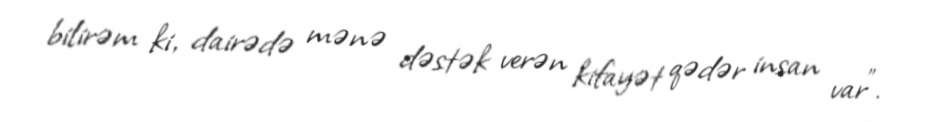
bilirəm ki, dairədə mənə dəstək verən kifayət qədər insan var”.